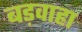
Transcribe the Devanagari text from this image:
बड़वाहा